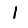
Digit: 1